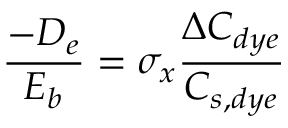
\frac { - D _ { e } } { E _ { b } } = \sigma _ { x } \frac { \Delta C _ { d y e } } { C _ { s , d y e } }